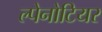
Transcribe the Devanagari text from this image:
ल्पेनोटियर